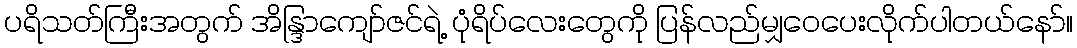
ပရိသတ်ကြီးအတွက် အိန္ဒြာကျော်ဇင်ရဲ့ ပုံရိပ်လေးတွေကို ပြန်လည်မျှဝေပေးလိုက်ပါတယ်နော်။